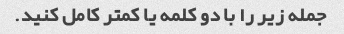
جمله زیر را با دو کلمه یا کمتر کامل کنید.